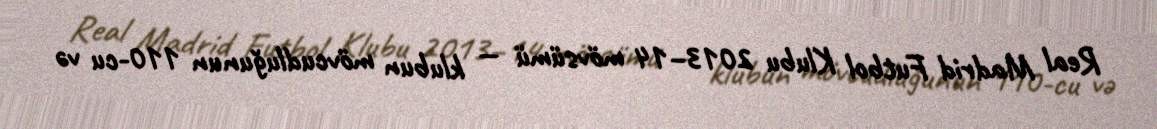
Real Madrid Futbol Klubu 2013–14 mövsümü — klubun mövcudluğunun 110-cu və